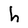
Character: h